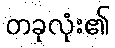
တခုလုံး၏